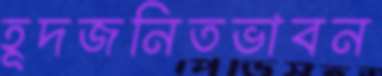
হূদজনিতভাবন